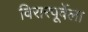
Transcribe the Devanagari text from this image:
विरारपूर्वेला